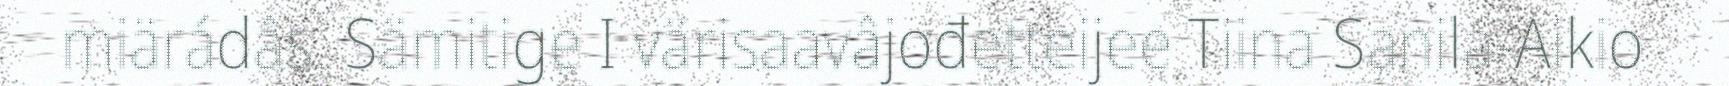
miärádâs. Sämitige I värisaavâjođetteijee Tiina Sanila-Aikio